Civil Veterinary Dept. Assam report 1911-1927 - 1911-1927
Year: 1911
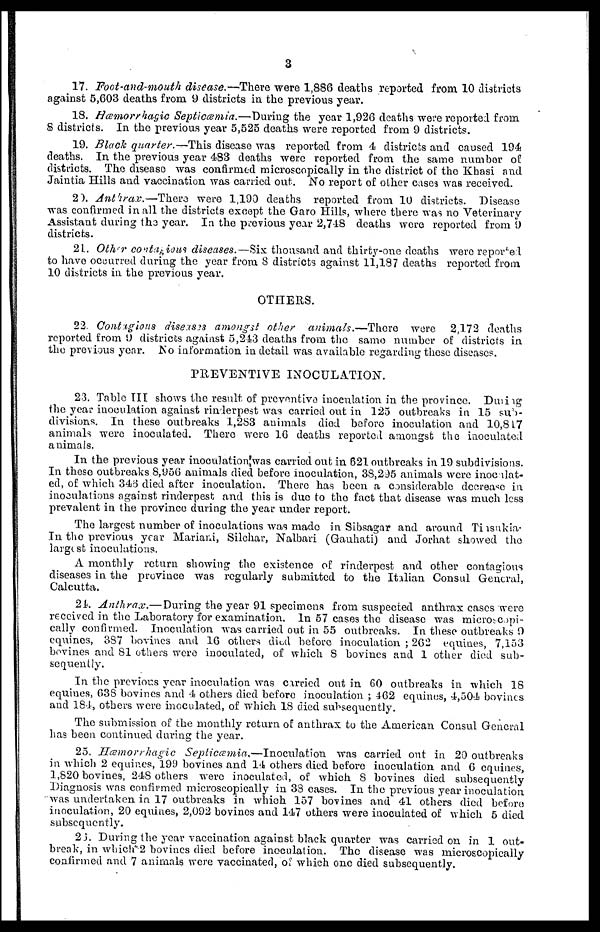
3
17. Foot-and-mouth disease.—There were 1,886 deaths reported from 10 districts
against 5,603 deaths from 9 districts in the previous year.
18. Hæmorrhagic Septicæmia.—During
the year 1,926 deaths were reported from
8 districts. In the previous year 5,525 deaths were reported from 9 districts.
19. Black quarter.—This disease was reported from 4 districts and caused 194
deaths. In the previous year 483 deaths were reported from the same number of
districts. The disease was confirmed microscopically in the district of the Khasi and
Jaintia Hills and vaccination was carried out. No report of other cases was received.
2). Anthrax.—There
were 1,190 deaths reported from 10 districts. Disease
was confirmed in all the districts except the Garo Hills, where there was no Veterinary
Assistant during the year. In the previous year 2,748 deaths were reported from 9
districts.
21. Other contagious diseases.—Six thousand and thirty-one deaths were reported
to have occurred during the year from 8 districts against 11,187 deaths reported from
10 districts in the previous year.
OTHERS.
22. Contigious
diseaseis amongst other animals.—There
were 2,172 deaths
reported from 9 districts against 5,243 deaths from the same number of districts in
the previous year. No information in detail was available regarding these diseases.
PREVENTIVE INOCULATION.
23. Table III shows the result of preventive inoculation in the province. During
the year inoculation against rinderpest was carried out in 125 outbreaks in 15 sub
divisions. In these outbreaks 1,283 animals died before inoculation and 10,817
animals were inoculated. There were 16 deaths reported amongst the inoculated
animals.
In the previous year inoculation was carried out in 621 outbreaks in 19 subdivisions.
In these outbreaks 8,956 animals died before inoculation, 38,295 animals were inoculation-
ed, of which 346 died after inoculation. There has been a considerable decrease in
inoculations against rinderpest and this is due to the fact that disease was much less
prevalent in the province during the year under report.
The largest number of inoculations was made in Sibsagar and around Tiisnkia-
In the previous year Mariani, Silchar, Nalbari (Gauhati) and Jorhat showed the
largest inoculations.
A monthly return showing the existence of rinderpest and other contagious
diseases in the province was regularly submitted to the Italian Consul General,
Calcutta.
21. Anthrax.— During the year 91 specimens from suspected anthrax cases were
received in the Laboratory for examination. In 57 cases the disease was microscopi-
cally confirmed. Inoculation was carried out in 55 outbreaks. In these outbreaks 9
equines, 387 bovines and 16 others died before inoculation ; 262 equines, 7,153
bovines and 81 others were inoculated, of which 8 bovines and 1 other died sub-
sequently.
In the previous year inoculation was carried out in 60 outbreaks in which 18
equines, 638 bovines and 4 others died before inoculation ; 462 equines, 4,504 bovines
and 184, others were inoculated, of which 18 died subsequently.
The submission of the monthly return of anthrax to the American Consul General
has been continued during the year.
25. Hæmorrhagic
Septicæmia,—Inoculation
was carried out in 20 outbreaks
in which 2 equines, 199 bovines and 14 others died before inoculation and 6 equines,
1,820 bovines, 248 others were inoculated, of which 8 bovines died subsequently
Diagnosis was con firmed microscopically in 38 cases. In the previous year inoculation
was undertaken in 17 outbreaks in which 157 bovines and 41 others died before
inoculation, 20 equines, 2,092 bovines and 147 others were inoculated of which 5 died
subsequently.
23. During the year vaccination against black quarter was carried on in 1 out-
break, in which 2 bovines died before inoculation. The disease was microscopically
confirmed and 7 animals were vaccinated, of which one died subsequently.